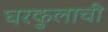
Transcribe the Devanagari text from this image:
घरकुलाची